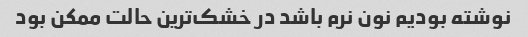
نوشته بودیم نون نرم باشد در خشک‌ترین حالت ممکن بود